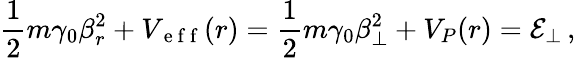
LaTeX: \frac{1}{2}m\gamma_{0}\beta_{r}^{2}+V_{\mathrm{~e~f~f~}}(r)=\frac{1}{2}m\gamma_{0}\beta_{\perp}^{2}+V_{P}(r)=\mathcal{E}_{\perp}\, ,